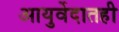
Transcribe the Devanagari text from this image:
आयुर्वेदातही